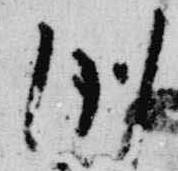
例